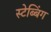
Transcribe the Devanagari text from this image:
स्टेब्बिंग